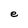
Character: e